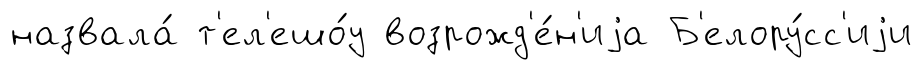
назвала́ т'ел'ешо́у возрожд'е́н'иjа Б'елору́сс'иjи